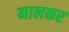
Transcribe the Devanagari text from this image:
मालकर